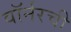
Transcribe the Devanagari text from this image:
वॉर्नरची